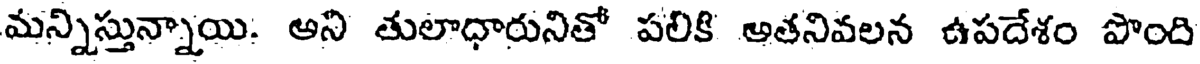
మన్నిస్తున్నాయి. అని తులాధారునితో పలికి అతనివలన ఉపదేశం పొంది